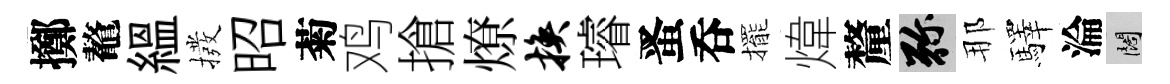
擲鼇緼撥昭菊鸡搶燎换璿󱉠呑擺煒釐弥那驛淪闊